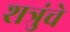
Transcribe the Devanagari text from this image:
शत्रुंचे